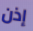
إذن